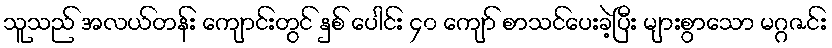
သူသည် အလယ်တန်း ကျောင်းတွင် နှစ် ပေါင်း ၄၀ ကျော် စာသင်ပေးခဲ့ပြီး များစွာသော မဂ္ဂဇင်း